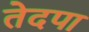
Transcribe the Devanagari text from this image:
तेदपा